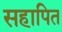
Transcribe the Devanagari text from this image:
सहापित